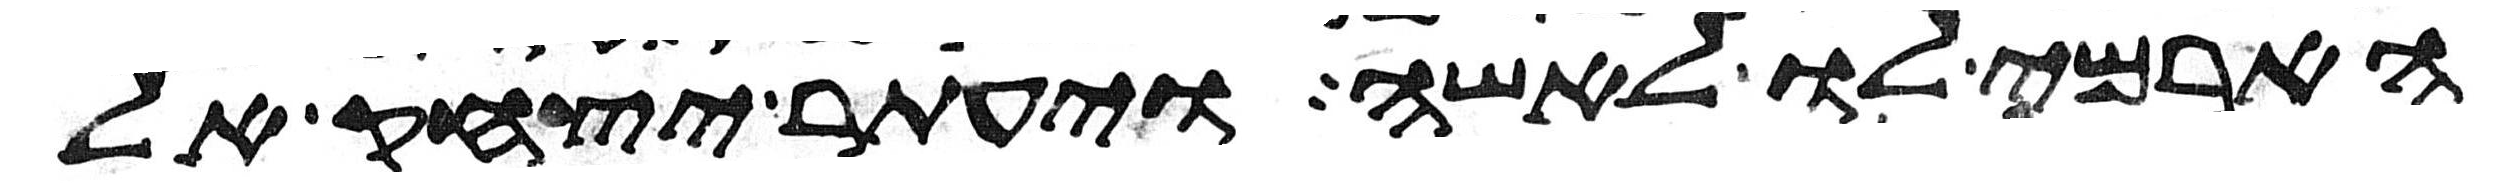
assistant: הארמי לו לאשה ויעתר יצחק אל